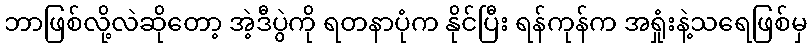
ဘာဖြစ်လို့လဲဆိုတော့ အဲ့ဒီပွဲကို ရတနာပုံက နိုင်ပြီး ရန်ကုန်က အရှုံးနဲ့သရေဖြစ်မှ